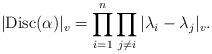
LaTeX: \begin{align*} |\mathrm{Disc}(\alpha)|_v = \prod_{i=1}^n\prod_{j \ne i} |\lambda_i-\lambda_j|_v. \end{align*}